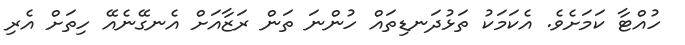
ހުއްޓާ ކަމަށެވެ. އެކަމަކު ތަޅުދަނޑިތައް ހުންނަ ތަން ރަޒާއަށް އެނގޭނެއޭ ހިތަށް އެރި